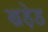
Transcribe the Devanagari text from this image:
खड़ेड